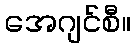
အေဂျင်စီ။